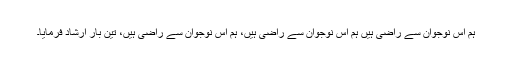
ہم اس نوجوان سے راضی ہیں ہم اس نوجوان سے راضی ہیں، ہم اس نوجوان سے راضی ہیں، تین بار ارشاد فرمایا۔